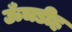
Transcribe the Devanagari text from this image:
ऊँचडीह